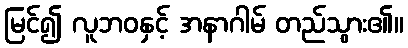
မြင်၍ လူဘဝနှင့် အနာဂါမ် တည်သွား၏။